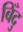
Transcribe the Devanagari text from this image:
बिँदु